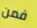
فمن